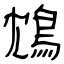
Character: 鴆